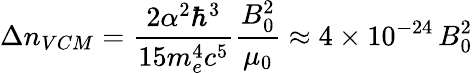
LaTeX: \Delta n_{VCM}={\frac{2\alpha^{2}\hbar^{3}}{15m_{e}^{4}c^{5}}}{\frac{B_{0}^{2}}{\mu_{0}}}\approx 4\times 10^{-24}\, B_{0}^{2}